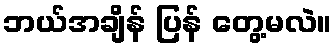
ဘယ်အချိန် ပြန် တွေ့မလဲ။